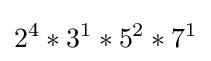
2^{4}*3^{1}*5^{2}*7^{1}